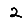
Digit: 2